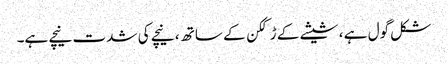
شکل گول ہے ، شیشے کے ڑککن کے ساتھ ، نیچے کی شدت نیچے ہے۔